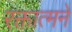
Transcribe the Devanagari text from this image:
रक्तात्मने